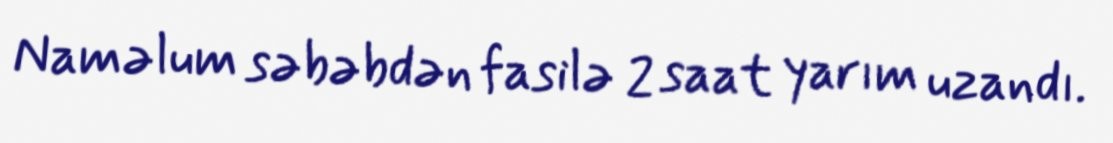
Naməlum səbəbdən fasilə 2 saat yarım uzandı.